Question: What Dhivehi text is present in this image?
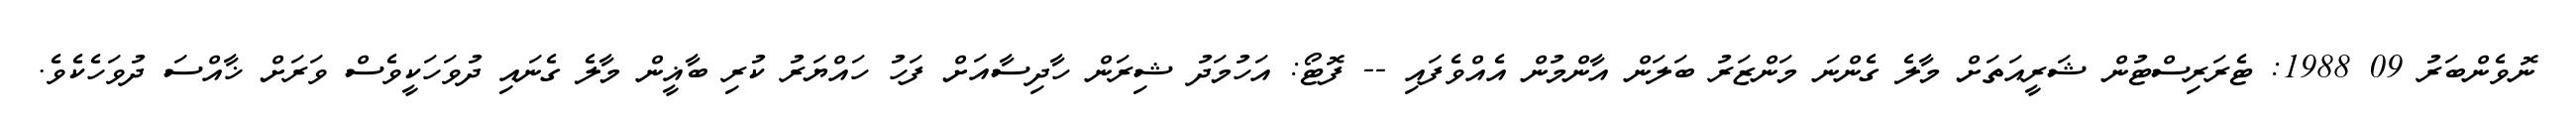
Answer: ނޮވެންބަރު 09 1988: ޓެރަރިސްޓުން ޝަރީއަތަށް މާލެ ގެންނަ މަންޒަރު ބަލަން އާންމުން އެއްވެފައި -- ފޮޓޯ: އަހުމަދު ޝިރަން ހާދިސާއަށް ފަހު ހައްޔަރު ކުރި ބާޣީން މާލެ ގެނައި ދުވަހަކީވެސް ވަރަށް ޚާއްސަ ދުވަހެކެވެ.